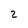
Character: 2